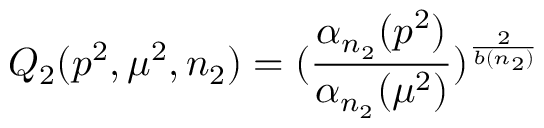
Q _ { 2 } ( p ^ { 2 } , \mu ^ { 2 } , n _ { 2 } ) = ( \frac { \alpha _ { n _ { 2 } } ( p ^ { 2 } ) } { \alpha _ { n _ { 2 } } ( \mu ^ { 2 } ) } ) ^ { \frac { 2 } { b ( n _ { 2 } ) } }